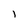
Character: l